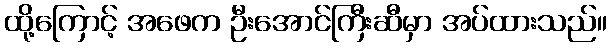
ထို့ကြောင့် အဖေက ဦးအောင်ကြီးဆီမှာ အပ်ထားသည်။